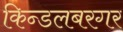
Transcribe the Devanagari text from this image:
किन्डलबरगर